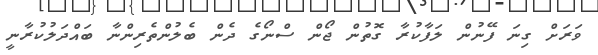
ވަރަށް ގިނަ ފޭނުން ލަފާކުރާ ގޮތުން ޖޯން ސްނޯގެ ދެން ބެލުންތެރިންނާ ބައްދަލުކުރާނީ